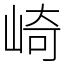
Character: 崎